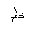
Letter: _za